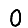
Digit: 0